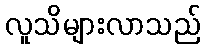
လူသိများလာသည်